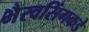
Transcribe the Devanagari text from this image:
भैरवसिंगकडे